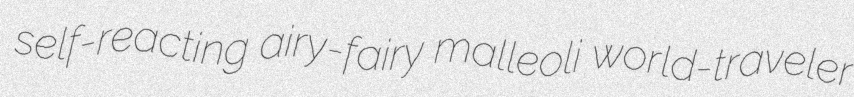
self-reacting airy-fairy malleoli world-traveler